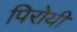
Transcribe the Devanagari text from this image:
पिरोयी